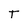
Character: T